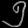
Digit: ၅